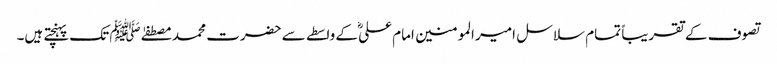
تصوف کے تقریباً تمام سلاسل امیر المومنین امام علیؓ کے واسطے سے حضرت محمد مصطفےٰ ﷺ تک پہنچتے ہیں۔